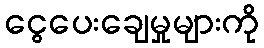
ငွေပေးချေမှုများကို